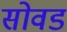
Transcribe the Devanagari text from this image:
सोवड